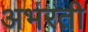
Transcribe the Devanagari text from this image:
अभरती